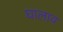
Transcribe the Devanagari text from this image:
घालाव